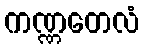
ကဏ္ဏတေလံ